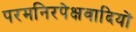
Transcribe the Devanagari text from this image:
परमनिरपेक्षवादियों